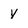
Character: V